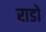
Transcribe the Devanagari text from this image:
राडो